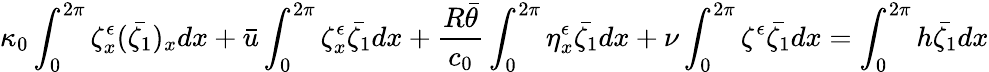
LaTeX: \kappa_{0}\int_{0}^{2\pi}\zeta_{x}^{\epsilon}(\bar{\zeta_{1}})_{x}dx+\bar{u}\int_{0}^{2\pi}\zeta_{x}^{\epsilon}\bar{\zeta_{1}}dx+\frac{R\bar{\theta}}{c_{0}}\int_{0}^{2\pi}\eta_{x}^{\epsilon}\bar{\zeta_{1}}dx+\nu\int_{0}^{2\pi}\zeta^{\epsilon}\bar{\zeta_{1}}dx=\int_{0}^{2\pi}h\bar{\zeta_{1}}dx